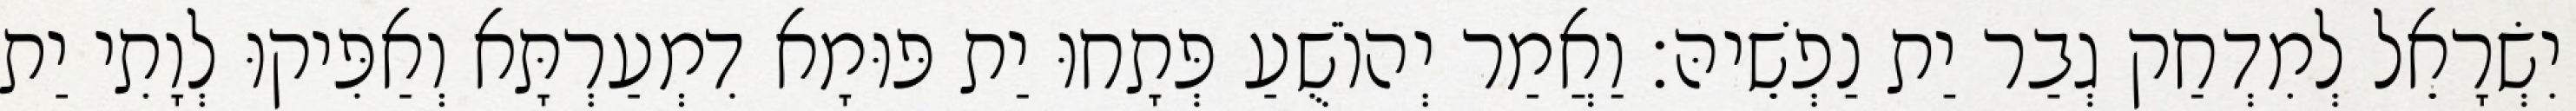
יִשְׂרָאֵל לְמִדְחַק גְבַר יַת נַפְשֵׁיהּ׃ וַאֲמַר יְהוֹשֻׁעַ פְּתָחוּ יַת פּוּמָא דִמְעַרְתָּא וְאַפִּיקוּ לְוָתִי יַת